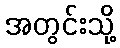
အတွင်းသို့